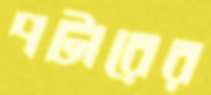
পটারের